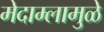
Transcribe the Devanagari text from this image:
मेदाम्लामुळे